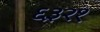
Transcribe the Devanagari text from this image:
६३२१